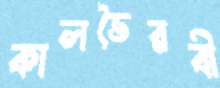
কালভৈরবী